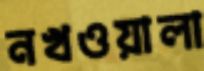
নখওয়ালা